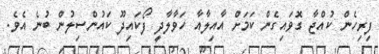
ފިރިހެން ކުއްޖާ ގޮވައިގެން ކަމަށް އާއިލާއާ ހަވާލާދީ ފޯކައިދޫ ކައުންސިލުން ބުނެ އެވެ.